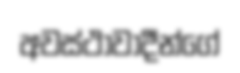
අවස්ථාවාදීන්ගේ